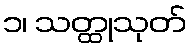
၁၊ သတ္ထုသုတ်